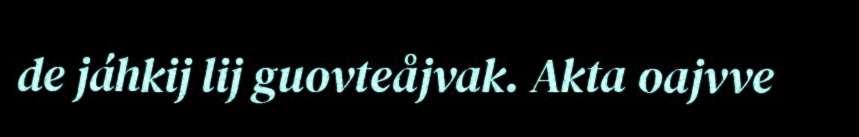
de jáhkij lij guovteåjvak. Akta oajvve